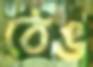
ঠেঙ